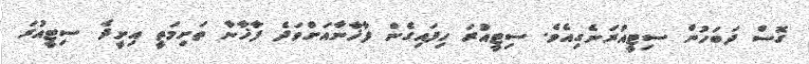
ގޮސް ދަބަހުން ސިޓީއުރަނެގިއެވެ. ސިޓީއުރަ ހިފައިގެން ފާޚާނާއަށްވަދެ ފާޚާނާ ތަށިމަތީ އިށީދެ ސިޓީއުރަ